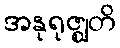
အနုရုဇ္ဈတိ